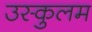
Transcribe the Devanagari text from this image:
उस्कुलम